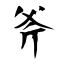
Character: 斧